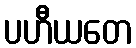
ပဟီယတေ